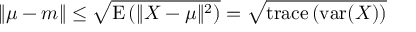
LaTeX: \| \mu - m \| \leq { \sqrt { \operatorname { E } \left( \| X - \mu \| ^ { 2 } \right) } } = { \sqrt { \operatorname { t r a c e } \left( \operatorname { v a r } ( X ) \right) } }